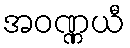
အဝဏ္ဏယီ